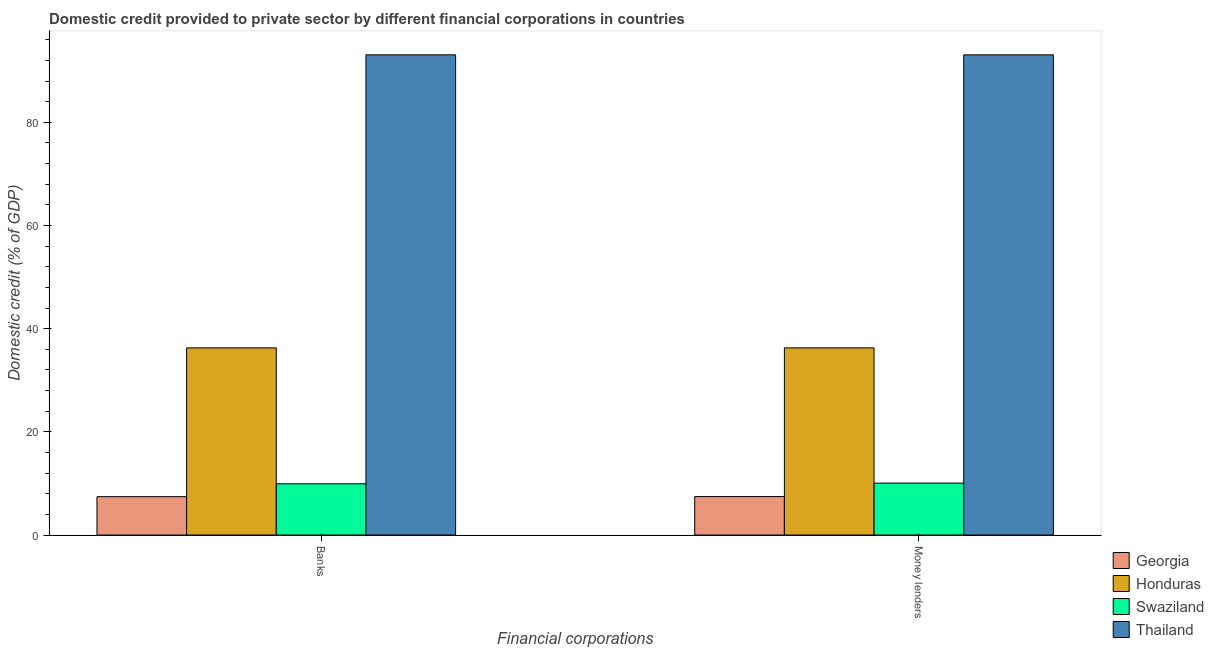
| Financial corporations | Georgia | Honduras | Swaziland | Thailand |
 | --- | --- | --- | --- | --- |
 | Banks | 7.44 | 36.3 | 9.93 | 93.1 |
 | Money lenders | 7.45 | 36.3 | 10.1 | 93.1 |